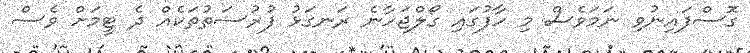
ގޮސްފައިނުވި ނަމަވެސް މި ހާފުގައި ގޯލްޖަހާނެ ރަނގަޅު ފުރުސަތުތަކެއް ދެ ޓީމަށް ވެސް